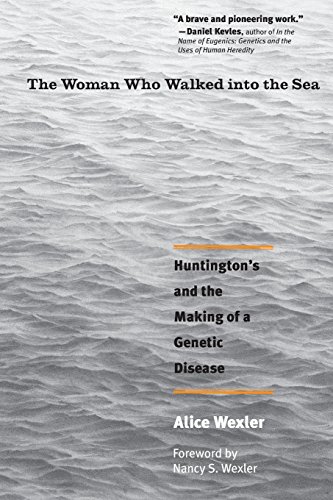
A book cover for The Woman Who Walked into the Sea: Huntington's and the Making of a Genetic Disease; Alice Wexler; Health, Fitness & Dieting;